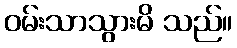
ဝမ်းသာသွားမိ သည်။